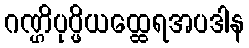
ဂဏ္ဌိပုပ္ဖိယထ္ထေရအပဒါန